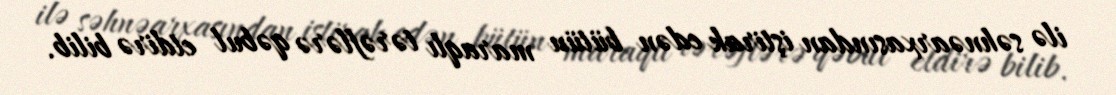
ilə səhnəarxasından iştirak edən bütün maraqlı tərəflərə qəbul etdirə bilib.